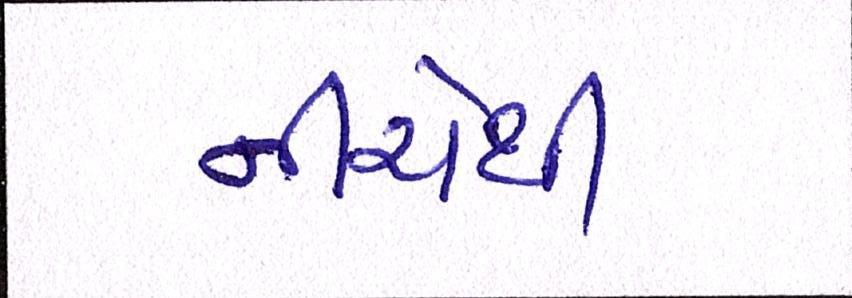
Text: નીચેથી